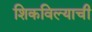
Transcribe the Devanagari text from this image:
शिकविल्याची